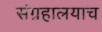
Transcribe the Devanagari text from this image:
संग्रहालयाच